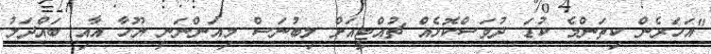
"އަހަރެން ކިތަންމެ ކުޑަ ދުވަސްކޮޅެއް ޗުއްޓީއަށް ލިބުނަސް މިއަންނަނީ ޔޫހާ އާއި ބައްދަލު